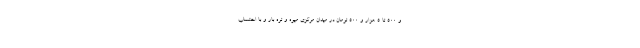
و ۵۰۰ تا ۵ هزار و ۵۰۰ تومان در میدان مرکزی میوه و تره بار و با احتساب